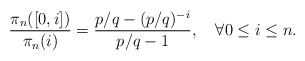
\begin{align*} \frac{\pi_n([0,i])}{\pi_n(i)}=\frac{p/q-(p/q)^{-i}}{p/q-1},\quad\forall 0\le i\le n.\end{align*}